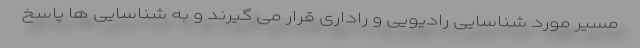
مسیر مورد شناسایی رادیویی و راداری قرار می گیرند و به شناسایی ها پاسخ